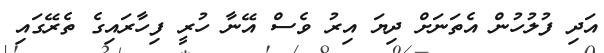
އަދި ފުލުހުން އެތަނަށް ދިޔަ އިރު ވެސް އޭނާ ހުރީ ފިހާރައިގެ ތެރޭގައި